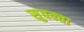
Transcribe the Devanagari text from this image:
सुवक्‍ता